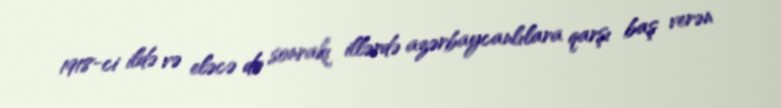
1918-ci ildə və eləcə də sonrakı illərdə azərbaycanlılara qarşı baş verən